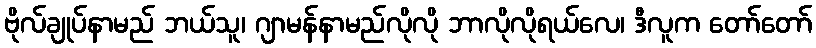
ဗိုလ်ချုပ်နာမည် ဘယ်သူ၊ ဂျာမန်နာမည်လိုလို ဘာလိုလိုရယ်လေ၊ ဒီလူက တော်တော်